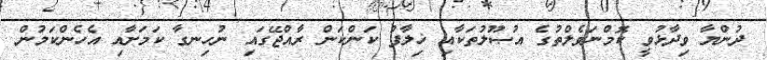
ދުންޔާ ވިދާޅުވީ ކޮމްނަވެލްތުގެ އުޞޫލުތަކާއި ޚިލާފު ކަންކަން ރާއްޖޭގައި ނުހިނގާ ކަމަށާއި އެހެންކަމުން